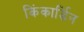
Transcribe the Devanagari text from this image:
किंकार्डिन